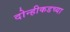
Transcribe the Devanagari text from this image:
दोन्हीकडच्या